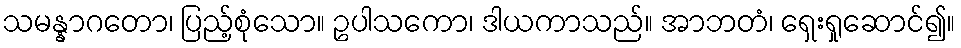
သမန္နာဂတော၊ ပြည့်စုံသော။ ဥပါသကော၊ ဒါယကာသည်။ အာဘတံ၊ ရှေးရှုဆောင်၍။